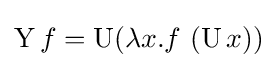
\operatorname {Y} f=\operatorname {U} (\lambda x.f\ (\operatorname {U} x))